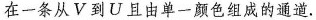
在一条从V到U且由单一颜色组成的通道。